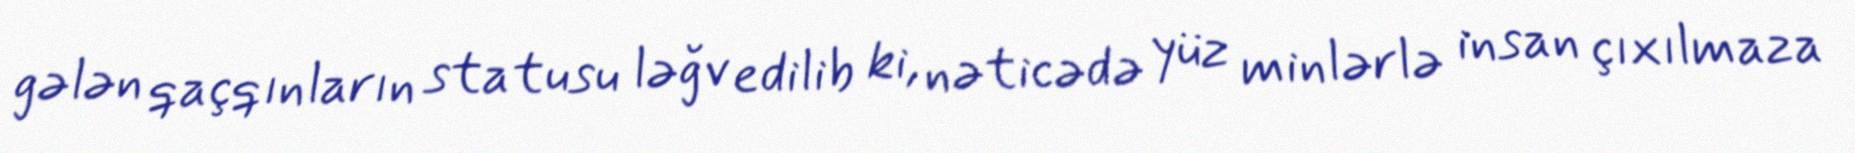
gələn qaçqınların statusu ləğv edilib ki, nəticədə yüz minlərlə insan çıxılmaza